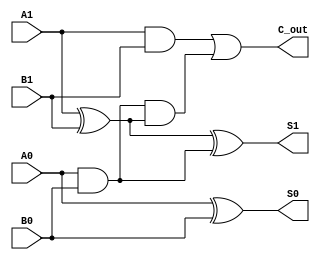
module cascaded_half_adder (
    input wire A1, A0, // Higher and lower bit of the first number
    input wire B1, B0, // Higher and lower bit of the second number
    output wire S1, S0, // Two-bit sum output
    output wire C_out   // Carry output
);

    // Internal wires for carry between half-adders
    wire C1; // Carry output from the first half-adder

    // First Half-Adder (HA1)
    assign S0 = A0 ^ B0; // Sum output for lower bit
    assign C1 = A0 & B0; // Carry output for lower bit

    // Second Half-Adder (HA2)
    assign S1 = A1 ^ B1 ^ C1; // Sum output for higher bit
    assign C_out = (A1 & B1) | (C1 & (A1 ^ B1)); // Carry output for higher bit

endmodule